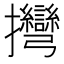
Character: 𢺯